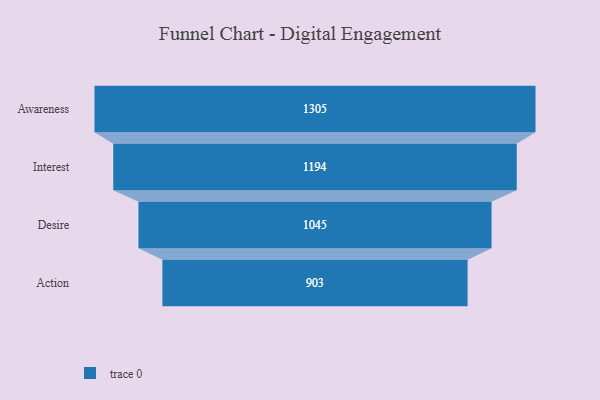
{"axis": {"x": "Stage", "y": "Value"}, "legend": [""], "data": [{"x": "Awareness", "y": 1305.0, "type": ""}, {"x": "Interest", "y": 1194.0, "type": ""}, {"x": "Desire", "y": 1045.0, "type": ""}, {"x": "Action", "y": 903.0, "type": ""}]}